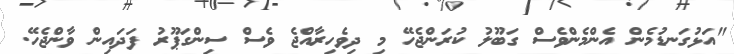
"އަޅުގަނޑުމެން އެންމެންވެސް ގަބޫލު ކުރަންޖެހޭ މި ދިވެހިރާއްޖެ ވެސް ސިންގަޕޫރު ފަދައިން ވާންޖެހޭ.